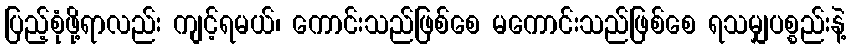
ပြည့်စုံဖို့ရာလည်း ကျင့်ရမယ်၊ ကောင်းသည်ဖြစ်စေ မကောင်းသည်ဖြစ်စေ ရသမျှပစ္စည်းနဲ့